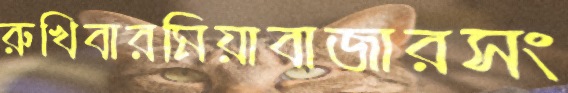
রুখিবারমিয়াবাজারসং